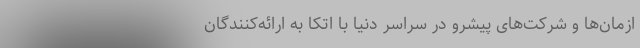
ازمان‌ها و شرکت‌های پیشرو در سراسر دنیا با اتکا به ارائه‌کنندگان